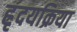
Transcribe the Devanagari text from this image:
ह्रृदयक्रिया